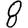
Digit: 8